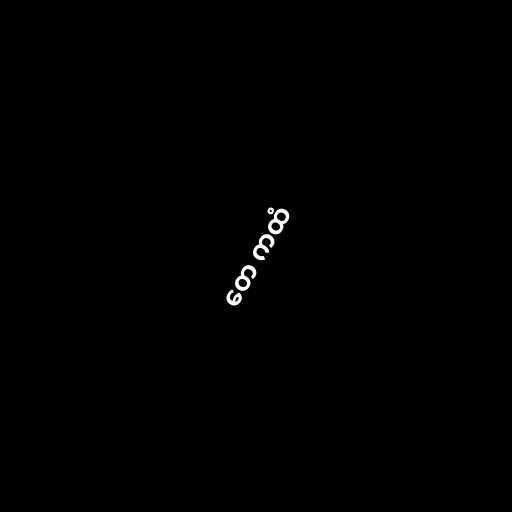
တေ ကထံ